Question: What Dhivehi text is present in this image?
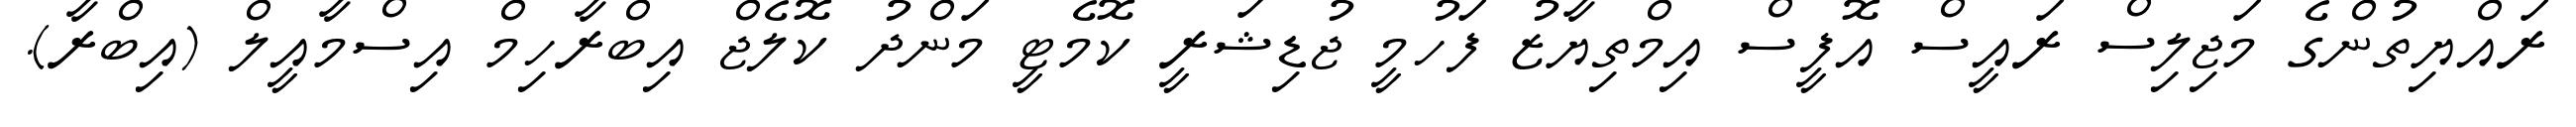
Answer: ރައްޔިތުންގެ މަޖިލިސް ރައީސް އޮފީސް އިމްތިޔާޒު ފަހުމީ ޖުޑިޝަރީ ކޮމެޓީ މަންދު ކޮލެޖް އިބްރާހިމް އިސްމާއީލް (އިބްރާ).